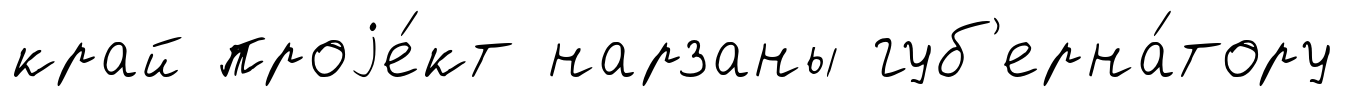
край проjе́кт нарзаны губ'ерна́тору